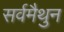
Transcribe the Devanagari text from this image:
सर्वमैथुन